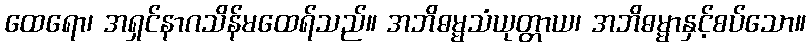
ထေရော၊ အရှင်နာဂသိန်မထေရ်သည်။ အဘိဓမ္မသံယုတ္တာယ၊ အဘိဓမ္မာနှင့်စပ်သော။